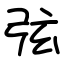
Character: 弦